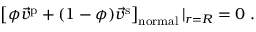
\left[ \phi \vec { v } ^ { \mathrm p } + ( 1 - \phi ) \vec { v } ^ { \mathrm s } \right] _ { \mathrm { n o r m a l } } | _ { r = R } = 0 \; .